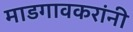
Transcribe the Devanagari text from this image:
माडगावकरांनी